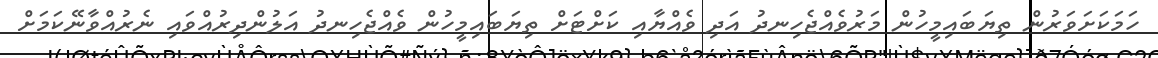
ހަމަކަށަވަރުން ތިޔަބައިމީހުން މަރުވެއްޖެހިނދު އަދި ވެއްޔާއި ކަށްޓަށް ތިޔަބައިމީހުން ވެއްޖެހިނދު އަލުންދިރުއްވައި ނެރުއްވާނޭކަމަށް